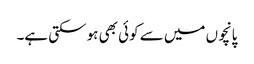
پانچوں میں سے کوئی بھی ہو سکتی ہے۔